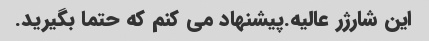
این شارژر عالیه.پیشنهاد می کنم که حتما بگیرید.